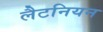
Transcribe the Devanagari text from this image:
लैटनियन